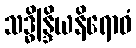
သဒ္ဓိန္ဒြိယနိရောဓံ